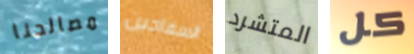
مصالحنا السفاحين المتشرد كل